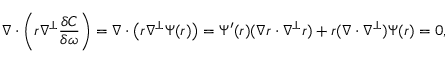
\nabla \cdot \left( r \nabla ^ { \perp } \frac { \delta C } { \delta \omega } \right) = \nabla \cdot \big ( r \nabla ^ { \perp } \Psi ( r ) \big ) = \Psi ^ { \prime } ( r ) ( \nabla r \cdot \nabla ^ { \perp } r ) + r ( \nabla \cdot \nabla ^ { \perp } ) \Psi ( r ) = 0 ,